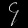
Digit: ၄